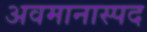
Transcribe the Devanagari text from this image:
अवमानास्पद